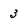
Character: 3